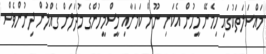
މައްސަލަތަކުގައި ހިމެނޭ މީހުން އެކަނި ނޫން ކަމަށާއި މީސްމީހުންގެ މުދަލަށް ގެއްލުން ދިނުންވެސް